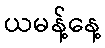
ယမန့်နေ့